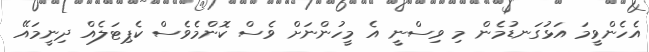
އެހެންވީމަ އަޅުގަނޑުމެން މި ވިސްނީ އެ މީހުންނަށް ވެސް ކޮންމެވެސް ކެޕިޓަލެއް ދިނީމައޭ